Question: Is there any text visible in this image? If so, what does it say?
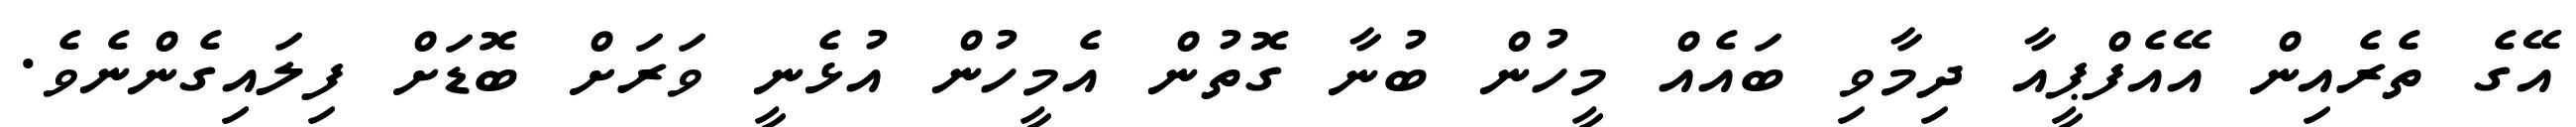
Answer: އޭގެ ތެރެއިން އޭއެފްޕީއާ ދިމާވި ބައެއް މީހުން ބުނާ ގޮތުން އެމީހުން އުޅެނީ ވަރަށް ބޮޑަށް ފިލައިގެންނެވެ.